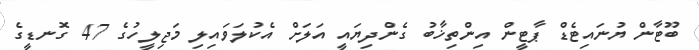
ބޫޓާން ޔުނައިޓެޑް ޕާޓީން އިންތިޚާބު ގެންދިޔައީ އަލަށް އެކުލަވައިލި މަޖިލީހުގެ 47 ގޮނޑީގެ